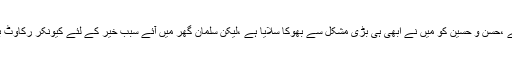
جواب ملا سلمان خدا کی قسم گھر میں کچھ بھی نہیں ہے ،حسن و حسین کو میں نے ابھی ہی بڑی مشکل سے بھوکا سلایا ہے ،لیکن سلمان گھر میں آئے سبب خیر کے لئے کیونکر رکاوٹ بنوں جبکہ خیر و نیکی خود چل کر میرے گھر آئی ہو ؟